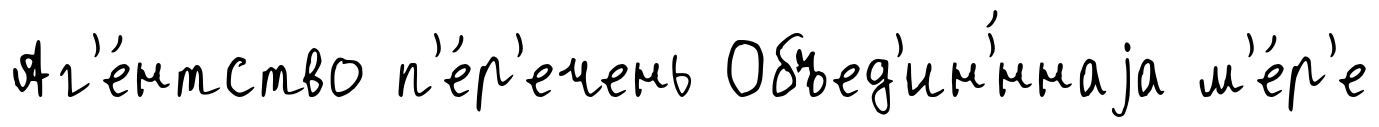
Аг'е́нтство п'е́р'ечень Объед'ин'́ннаjа м'е́р'е